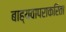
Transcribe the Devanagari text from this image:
बाह्यवापराकरिता